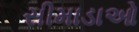
સીમાડાઓ